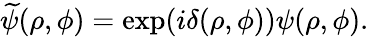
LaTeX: \widetilde{\psi}(\rho,\phi)=\exp(i\delta(\rho,\phi))\psi(\rho,\phi).